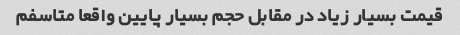
قیمت بسیار زیاد در مقابل حجم بسیار پایین واقعا متاسفم